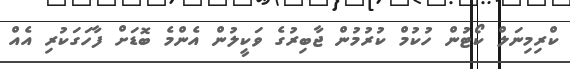
ކްރިމިނަލް ކޯޓުން ހުކުމް ކުރުމުން ޖާބިރުގެ ވަކީލުން އެންމެ ބޮޑަށް ފާހަގަކުރި އެއް